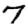
Digit: 7